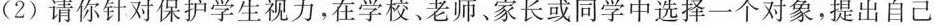
(2)请你针对保护学生视力，在学校、老师、家长或同学中选择一个对象，提出自己